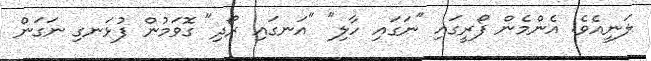
ލަނީއެވެ. އެންމެން ފޯރީގައި "ނަގައި ހާލި" "އަނގައި ރޯދި" ގޮވަމުން ފުޅަނގި ނަގަން